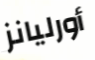
أورليانز